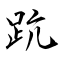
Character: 䟘